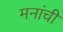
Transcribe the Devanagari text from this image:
मनांची